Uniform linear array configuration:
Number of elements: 48
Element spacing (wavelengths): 0.5
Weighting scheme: kaiser
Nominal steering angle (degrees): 15
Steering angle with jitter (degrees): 14.207
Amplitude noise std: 0.05
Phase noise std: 0.05

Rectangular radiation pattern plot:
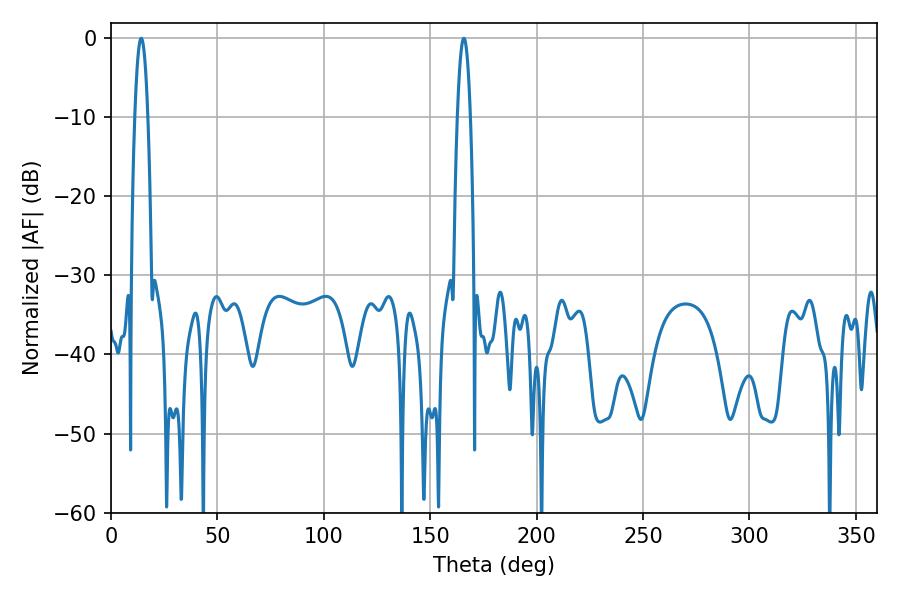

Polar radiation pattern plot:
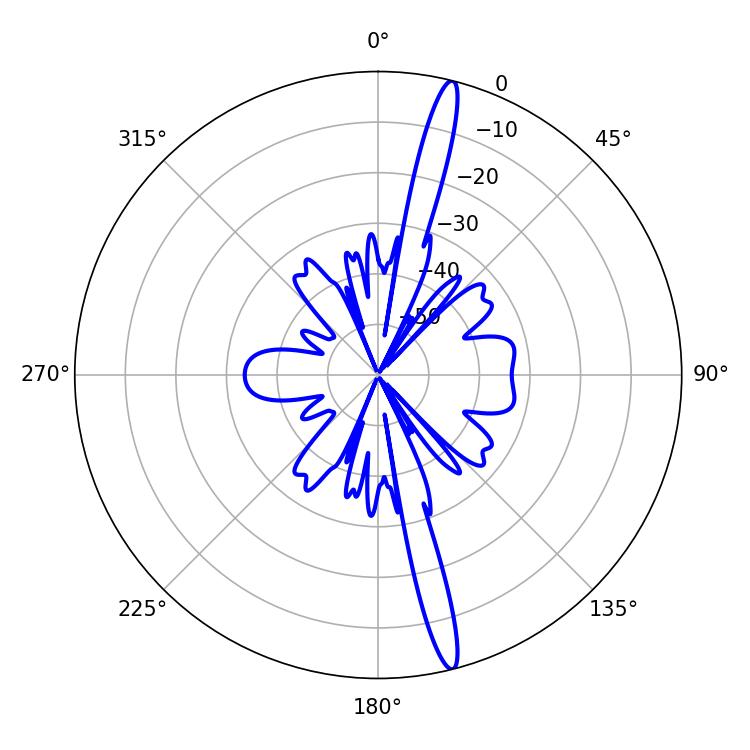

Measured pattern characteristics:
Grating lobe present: FALSE
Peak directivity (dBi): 17.995
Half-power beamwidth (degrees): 3.24
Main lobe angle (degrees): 165.78